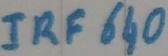
Text: IRF640